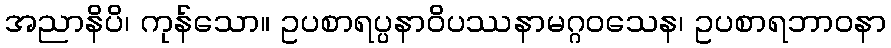
အညာနိပိ၊ ကုန်သော။ ဥပစာရပ္ပနာဝိပဿနာမဂ္ဂဝသေန၊ ဥပစာရဘာဝနာ